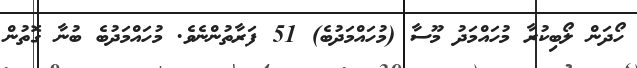
ހޯދަން ލޯބިކުރާ މުހައްމަދު މޫސާ (މުހައްމަދުބެ) 51 ފަރާތުންނެވެ. މުހައްމަދުބެ ބުނާ ގޮތުން